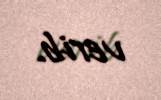
verib.